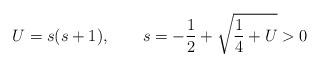
LaTeX: \begin{align*}U=s(s+1), \qquad s=-\frac12 + \sqrt{\frac14+U} > 0\end{align*}